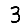
Digit: 3